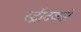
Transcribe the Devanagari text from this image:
स्ट्रीटकारें